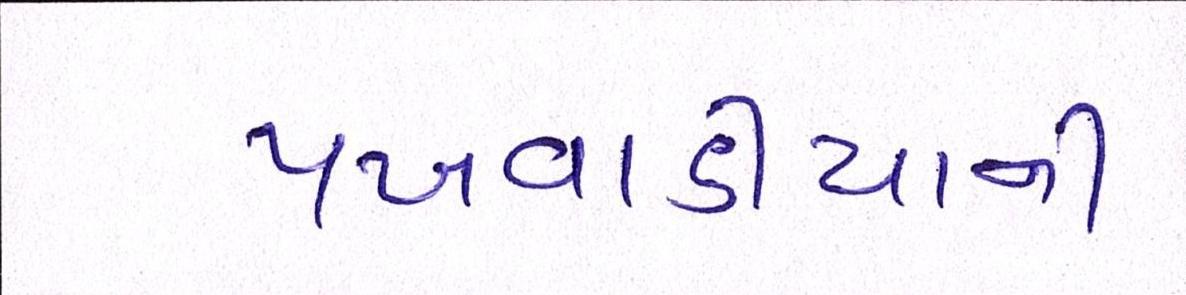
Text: પખવાડીયાની